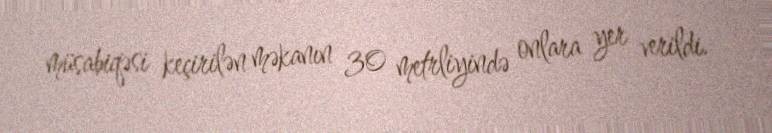
müsabiqəsi keçirilən məkanın 30 metrliyində onlara yer verildi.